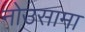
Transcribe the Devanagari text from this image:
नोउसामा